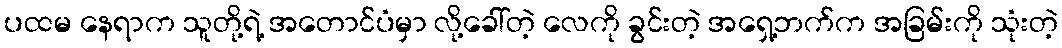
ပထမ နေရာက သူတို့ရဲ့ အတောင်ပံမှာ လို့ခေါ်တဲ့ လေကို ခွင်းတဲ့ အရှေ့ဘက်က အခြမ်းကို သုံးတဲ့